Lunatic asylums Punjab 1868-1880 - 1868-1880
Year: 1868
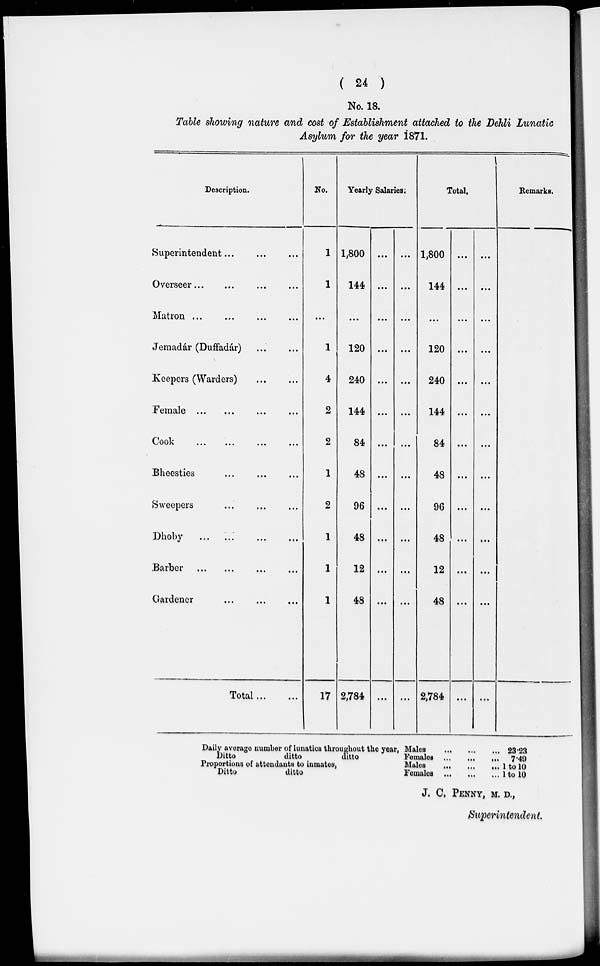
( 24 )
No. 18.
Table showing nature and cost of Establishment attached to the Dehli Lunatic
Asylum for the year 1871.
Description.
Superintendent...
...
...
Overseer
...
...
...
...
Matron
...
...
...
...
Jemadár (Duffadár)
...
...
Keepers (Warders) ... ...
Female
...
...
...
...
Cook ... ... ... ...
Bheesties ... ... ...
Sweepers ... ... ...
Dhoby ... ... ... ...
Barber
...
...
...
...
Gardener
...
...
...
Total ...
...
No.
1
1
...
1
4
2
2
1
2
1
1
1
17
Yearly Salaries.
1,800
144
...
120
240
144
84
48
96
48
12
48
2,784
...
...
...
...
...
...
...
...
...
...
...
...
...
...
...
...
...
...
...
...
...
...
...
...
...
...
Total.
1,800
144
...
120
240
144
84
48
96
48
12
48
2,784
...
...
...
...
...
...
...
...
...
...
...
...
...
...
...
...
...
...
...
...
...
...
...
...
...
...
Remarks.
Daily average number of lunatics throughout the year, Males ... ... ...
Ditto ditto ditto Females ... ... ...
Proportions of attendants to inmates,
Males ... ... ...
Ditto
ditto
Females ... ... ...
23.23
7.49
1 to 10
1 to 10
J. C. PENNY, M. D.,
Superintendent.